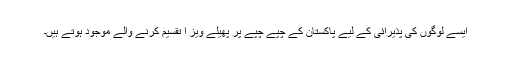
ایسے لوگوں کی پذیرائی کے لیے پاکستان کے چپے چپے پر پھیلے ویز ا تقسیم کرنے والے موجود ہوتے ہیں۔